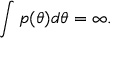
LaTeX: \int { p ( \theta ) d \theta } = \infty .